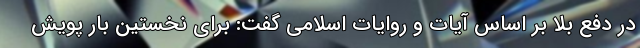
در دفع بلا بر اساس آیات و روایات اسلامی گفت: برای نخستین بار پویش